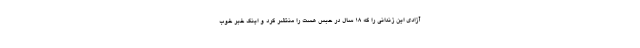
آزادی این زندانی را که 18 سال در حبس هست را منتشر کرد و اینک خبر خوب